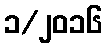
၁/၂၀၁၆